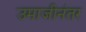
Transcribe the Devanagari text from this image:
उमाजीनंतर